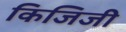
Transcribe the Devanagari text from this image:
किजिजी